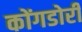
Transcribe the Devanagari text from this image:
कोंगडोरी